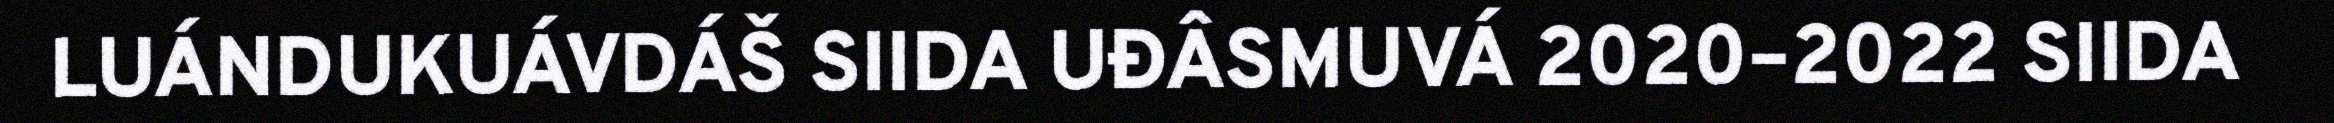
LUÁNDUKUÁVDÁŠ SIIDA UĐÂSMUVÁ 2020–2022 SIIDA